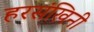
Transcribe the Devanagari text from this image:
हरसंखिनी